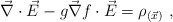
\begin{align*}\vec{\nabla}\cdot \vec{E}-g\vec{\nabla}f\cdot\vec{E}=\rho_{(\vec{x})}\ ,\end{align*}